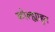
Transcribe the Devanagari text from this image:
कोल्ह्याहून